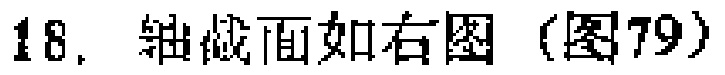
18. 轴截面如右图（图79）